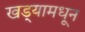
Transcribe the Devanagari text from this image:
खड्यामधून